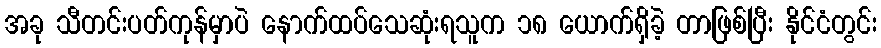
အခု သီတင်းပတ်ကုန်မှာပဲ နောက်ထပ်သေဆုံးရသူက ၁၈ ယောက်ရှိခဲ့ တာဖြစ်ပြီး နိုင်ငံတွင်း